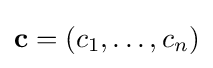
\mathbf {c} =(c_{1},\ldots ,c_{n})